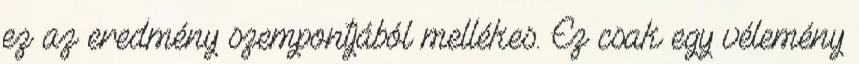
ez az eredmény szempontjából mellékes. Ez csak egy vélemény